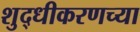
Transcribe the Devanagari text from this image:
शुद्धीकरणच्या